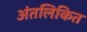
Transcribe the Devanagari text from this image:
अंतलिकित